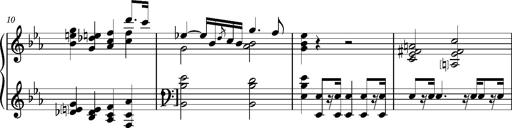
Title: 2 Sketches from 1829, S.692p
Composer: Franz Liszt
Key: B minor
 E flat major